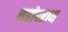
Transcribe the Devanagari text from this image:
सहोदराय